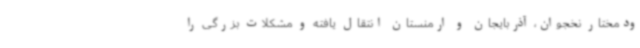
ودمختار نخجوان، آذربایجان و ارمنستان انتقال یافته و مشکلات بزرگی را